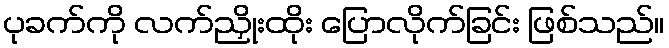
ပုခက်ကို လက်ညှိုးထိုး ပြောလိုက်ခြင်း ဖြစ်သည်။